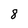
Character: 8